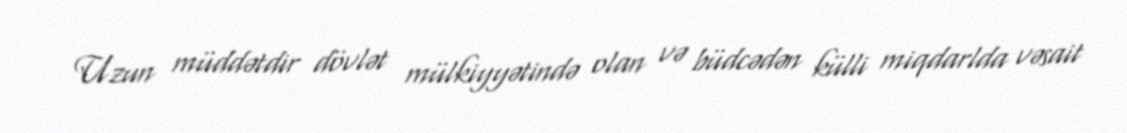
Uzun müddətdir dövlət mülkiyyətində olan və büdcədən külli miqdarlda vəsait